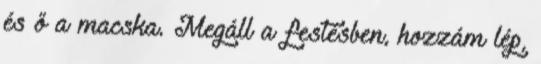
és ő a macska. Megáll a festésben, hozzám lép,